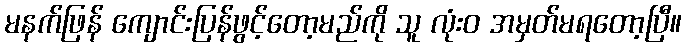
မနက်ဖြန် ကျောင်းပြန်ဖွင့်တော့မည်ကို သူ လုံးဝ အမှတ်မရတော့ပြီ။